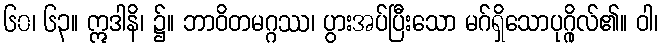
၆၀၊ ၆၃။ ဣဒါနိ၊ ၌။ ဘာဝိတမဂ္ဂဿ၊ ပွားအပ်ပြီးသော မဂ်ရှိသောပုဂ္ဂိုလ်၏။ ဝါ၊